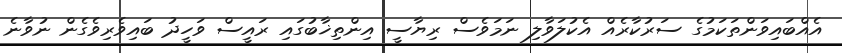
އެއްބައިވަންތަކަމުގެ ސަރުކާރެއް އެކުލަވާލި ނަމަވެސް ރިޔާސީ އިންތިޚާބުގައި ރައީސް ވަހީދު ބައިވެރިވެގެން ނުވާނެ